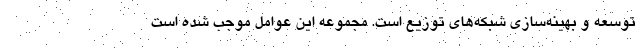
توسعه و بهینه­سازی شبکه‌های توزیع است. مجموعه این عوامل موجب شده است